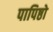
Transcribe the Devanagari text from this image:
पापिष्ठो